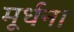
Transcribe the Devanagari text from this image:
मूर्धना